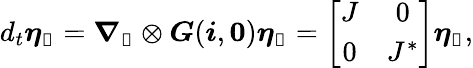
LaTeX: d_{t}\boldsymbol{\eta}_{\boldsymbol{\mathscr{C}}}=\boldsymbol{\nabla}_{\boldsymbol{\mathscr{C}}}\otimes\boldsymbol{G}({\boldsymbol{i}},\boldsymbol{0})\boldsymbol{\eta}_{\boldsymbol{\mathscr{C}}}=\left[\begin{array}{cc}{J}&{0}\\ {0}&{J^{*}}\end{array}\right]\boldsymbol{\eta}_{\boldsymbol{\mathscr{C}}},